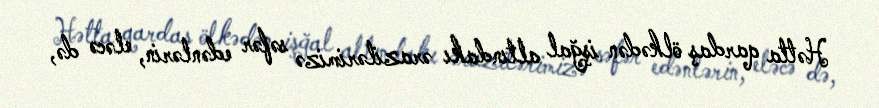
Hətta qardaş ölkədən işğal altındakı ərazilərimizə səfər edənlərin, eləcə də,